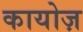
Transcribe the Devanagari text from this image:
कायोज़